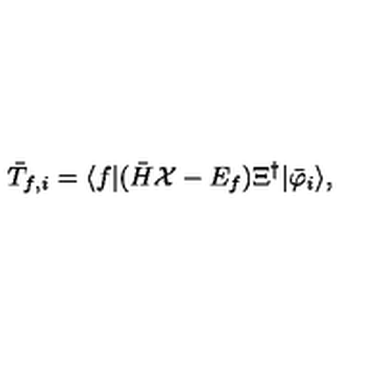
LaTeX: { \bar { T } } _ { f , i } = \langle f | ( { \bar { H } } { \cal X } - E _ { f } ) \Xi ^ { \dagger } | { \bar { \varphi } } _ { i } \rangle ,